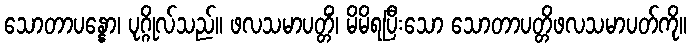
သောတာပန္နော၊ ပုဂ္ဂိုလ်သည်။ ဖလသမာပတ္တိံ၊ မိမိရပြီးသော သောတာပတ္တိဖလသမာပတ်ကို။